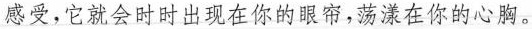
感受，它就会时时出现在你的眼帘，荡漾在你的心胸。